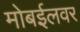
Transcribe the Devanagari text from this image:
मोबईलवर